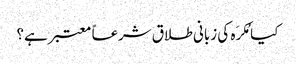
کیا مُکرَہ کی زبانی طلاق شرعاً معتبر ہے؟